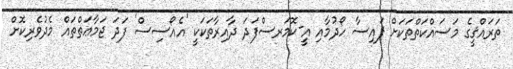
ތަރައްޤީގެ މަސައްކަތްތަކަށް ފައިސާ ހޯދުމާއި އީ-ކޮމަރސްފަދަ ދާއިރާތަކަކީ 'އެއޯސިސް' ފަދަ ޖަމާޢަތްތައް މެދުވެރިކޮށް